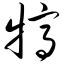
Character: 犒